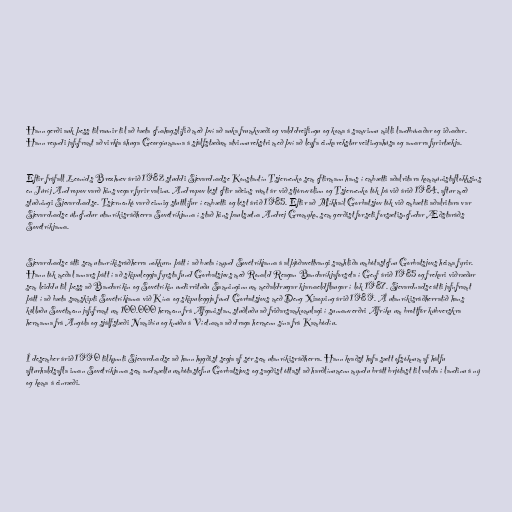
Hann gerði auk þess tilraunir til að bæta efnahagslífið með því að auka frumkvæði og valddreifingu og koma á samvinnu milli landbúnaðar og iðnaðar.
Hann reyndi jafnframt að virkja áhuga Georgíumanna á sjálfstæðum atvinnurekstri með því að leyfa einkarekstur veitingahúsa og annarra fyrirtækja.

Eftir fráfall Leoníds Brezhnev árið 1982 studdi Sjevardnadse Konstantín Tsjernenko sem eftirmann hans í embætti aðalritara kommúnistaflokksins
en Júríj Andropov varð hins vegar fyrir valinu. Andropov lést eftir aðeins rúmt ár við stjórnvölinn og Tsjernenko tók þá við árið 1984, aftur með
stuðningi Sjevardnadse. Tsjernenkó varð einnig stuttlífur í embætti og lést árið 1985. Eftir að Míkhaíl Gorbatsjov tók við embætti aðalritara var
Sjevardnadse útnefndur utanríkisráðherra Sovétríkjanna í stað hins þaulsætna Andrej Gromyko, sem gerðist forseti forsætisnefndar Æðstaráðs
Sovétríkjanna.

Sjevardnadse átti sem utanríkisráðherra nokkurn þátt í að bæta ímynd Sovétríkjanna á alþjóðavettvangi samhliða umbótastefnu Gorbatsjovs heima fyrir.
Hann tók meðal annars þátt í að skipuleggja fyrsta fund Gorbatsjovs með Ronald Reagan Bandaríkjaforseta í Genf árið 1985 og frekari viðræður
sem leiddu til þess að Bandaríkin og Sovétríkin undirrituðu Samninginn um meðaldrægar kjarnaeldflaugar í lok 1987. Sjevardnadse átti jafnframt
þátt í að bæta samskipti Sovétríkjanna við Kína og skipuleggja fund Gorbatsjovs með Deng Xiaoping árið 1989. Á utanríkisráðherratíð hans
kölluðu Sovétmenn jafnframt um 100.000 hermenn frá Afganistan, stuðluðu að friðarsamkomulagi í sunnanverðri Afríku um brottför kúbverskra
hermanna frá Angóla og sjálfstæði Namibíu og knúðu á Víetnama að draga hermenn sína frá Kambódíu.

Í desember árið 1990 tilkynnti Sjevardnadse að hann hygðist segja af sér sem utanríkisráðherra. Hann kvaðst hafa sætt ofsóknum af hálfu
afturhaldsafla innan Sovétríkjanna sem andmæltu umbótastefnu Gorbatsjovs og sagðist óttast að harðlínumenn myndu brátt brjótast til valda í landinu á ný
og koma á einræði.